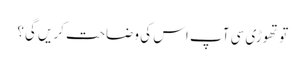
تو تھوڑی سی آپ اس کی وضاحت کریں گی؟